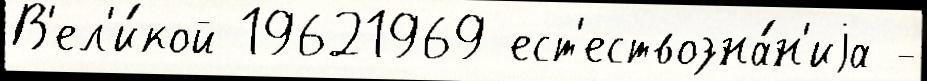
В'ел'и́кой 19621969 ест'ествозна́н'иjа -